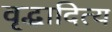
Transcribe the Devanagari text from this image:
वृद्धादित्य